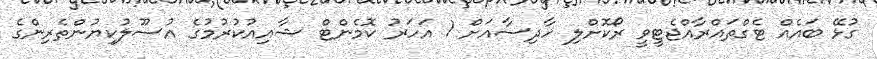
ގުޅޭ ބައެއް ޓެގްތައްރާއްޖެޓީވީ ރޯކޮށްލި ހާދިސާއަށް 1 އަހަރު ކޮމެންޓް ޝާއިއުކުރުމުގެ އުސޫލުކިޔުންތެރިންގެ